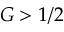
G > 1 / 2